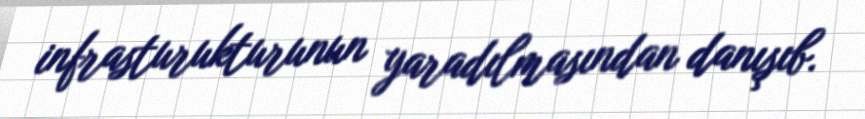
infrasturukturunun yaradılmasından danışıb.